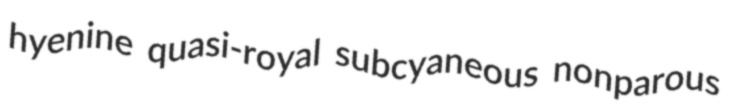
hyenine quasi-royal subcyaneous nonparous